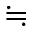
\fallingdotseq